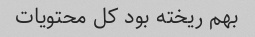
بهم ریخته بود کل محتویات